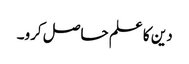
دین کا علم حاصل کرو۔